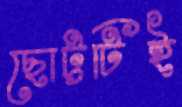
ছোট্টটিই